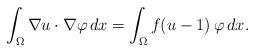
LaTeX: \begin{align*} \int_\Omega \nabla u \cdot \nabla \varphi\, dx = \int_\Omega f(u - 1)\, \varphi\, dx.\end{align*}